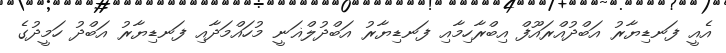
އެއީ ފަނޑިޔާރު އަބްދުއްރައޫފް އިބްރާހިމާއި ފަނޑިޔާރު އަބްދުލްޣަނީ މުހައްމަދާއި ފަނޑިޔާރު އަބްދު ހަމީދުގެ